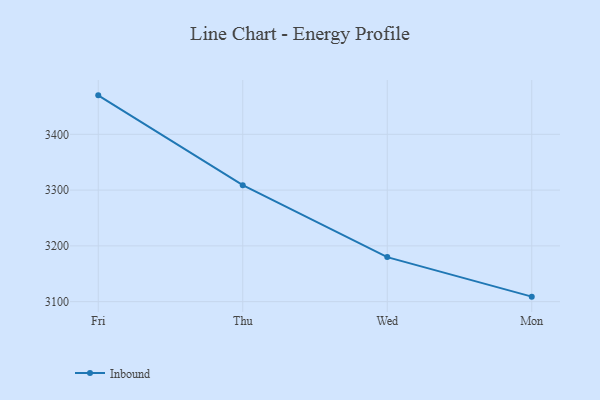
{"axis": {"x": "Day", "y": "Tickets Resolved"}, "legend": ["Inbound"], "data": [{"x": "Fri", "y": 3469.9, "type": "Inbound"}, {"x": "Thu", "y": 3308.9, "type": "Inbound"}, {"x": "Wed", "y": 3179.9, "type": "Inbound"}, {"x": "Mon", "y": 3109.0, "type": "Inbound"}]}